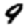
Digit: 9